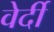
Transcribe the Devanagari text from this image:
वेर्दी